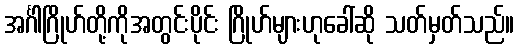
အင်္ဂါဂြိုဟ်တို့ကိုအတွင်းပိုင်း ဂြိုဟ်များဟုခေါ်ဆို သတ်မှတ်သည်။